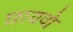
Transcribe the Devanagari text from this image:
छायवो